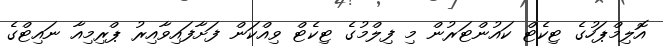
އޮލިމްޕަހުގެ ޓިކެޓް ކައުންޓަރުން މި ފިލްމުގެ ޓިކެޓް ވިއްކަން ފަށާފައިވާއިރު ޕްރިމިއާ ނައިޓްގެ